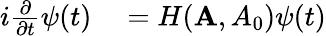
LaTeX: \begin{array}{rl}{i\frac{\partial}{\partial t}\psi(t)}&{{}=H({\mathbf A},{A_{0}})\psi(t)}\end{array}